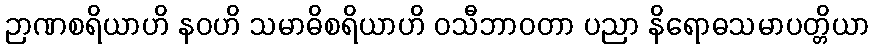
ဉာဏစရိယာဟိ နဝဟိ သမာဓိစရိယာဟိ ဝသီဘာဝတာ ပညာ နိရောဓသမာပတ္တိယာ